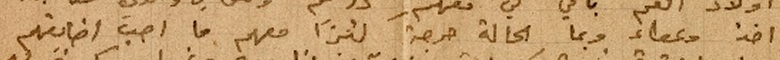
اخذ وعطاء ربما الحالة حرجة كثيراً معهم ما احبّ اضايقهم